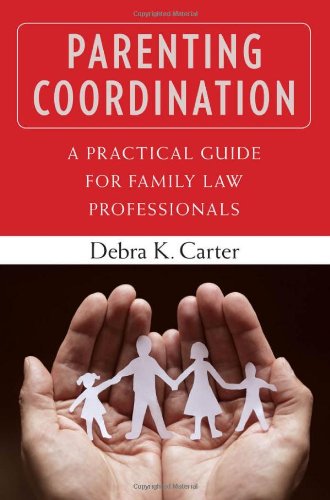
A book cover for Parenting Coordination: A Practical Guide for Family Law Professionals; Dr. Debra Carter Ph.D.; Medical Books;